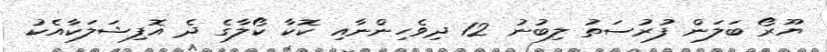
ޔޫރޯ ބަލަން ފުރުސަތު ލިބުނު 12 ދިވެހިންނާއި ކޮކާ ކޯލާގެ ދެ އޮފިޝަލަކާއެކު